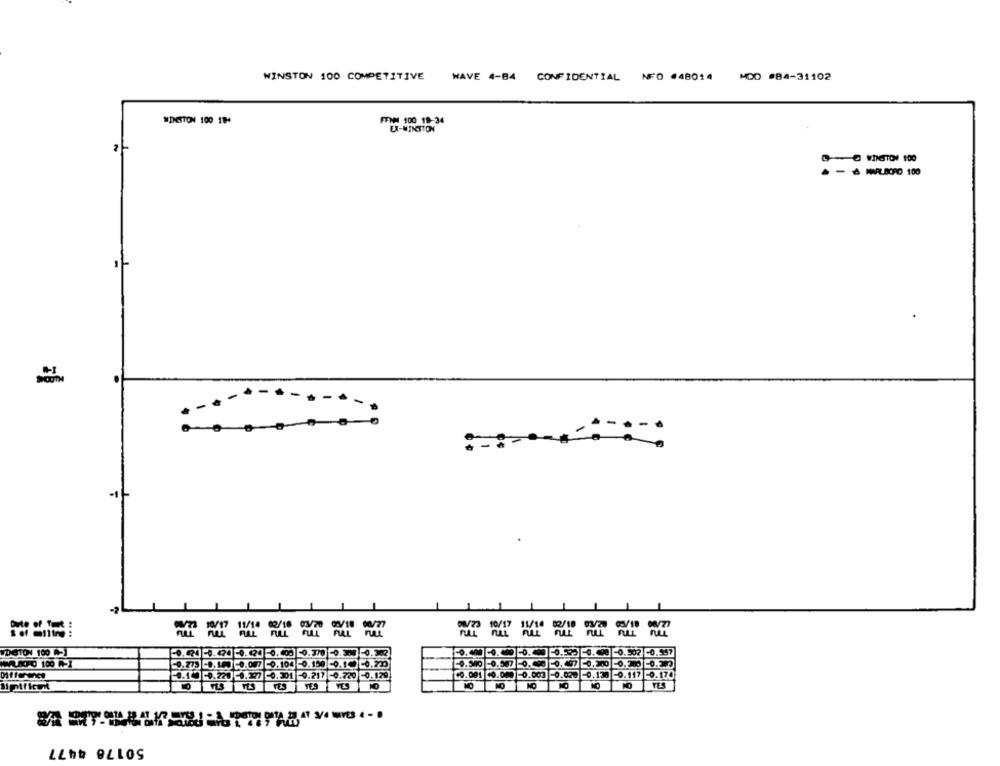
WINSTON 100 COMPETITIVE
HAVE 4-84
CONFIDENTIAL NFO #48014 MOD #84-31102
WINSTON 100 19+
FFNM 100 19-34
EX-MINTTON
O VINGTON 100
& MIVELBORO 100
SOUTH
-2
===== ==
= = = == ==
VDSTON 100 -)
-0.502 -0.957
0.773 -0.100 0.007
10
-0.70
0.000
0.10 -0.220 0.197 0.301 0.212
.720 -0.129
-0.003
0.020
0.117 -0.170
TO
YES